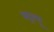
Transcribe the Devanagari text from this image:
ब्यूल्यू